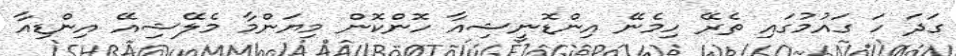
ގަދަ ހަ ގައުމުގައި ތެރޭ ހިމެނޭ އިންޑޮނީޝިއާ ހޮންކޮން މިޔަންމާ މެލޭޝިއޭ އިންޑިއާ